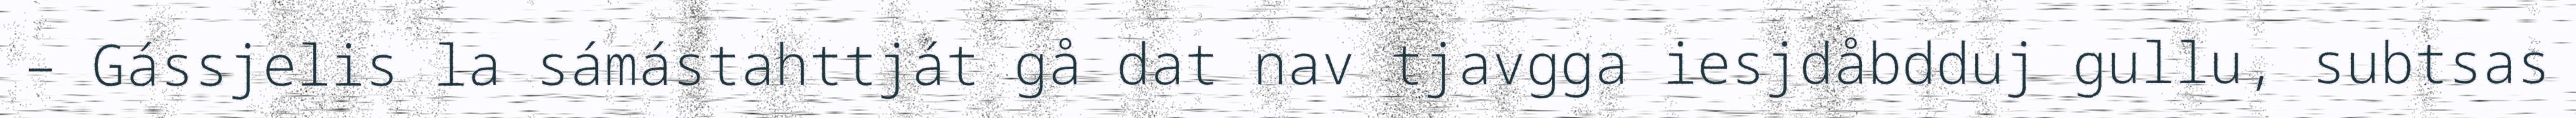
– Gássjelis la sámástahttját gå dat nav tjavgga iesjdåbdduj gullu, subtsas